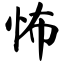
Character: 怖